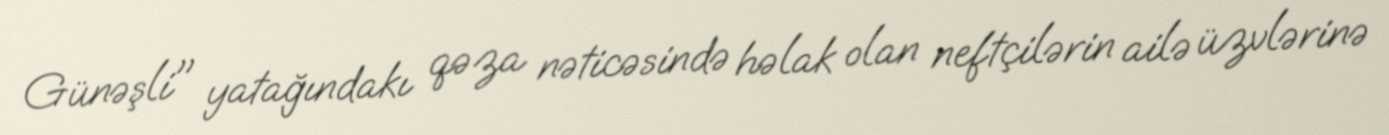
Günəşli" yatağındakı qəza nəticəsində həlak olan neftçilərin ailə üzvlərinə